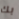
بك